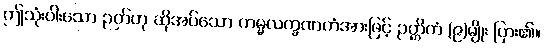
ဤသုံးပါးသော ဉတ်ဟု ဆိုအပ်သော ကမ္မလက္ခဏကံအားဖြင့် ဉတ္တိကံ (၉)မျိုး ပြား၏။